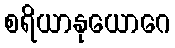
စရိယာနုယောဂေ